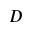
D